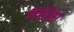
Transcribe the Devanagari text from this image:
महीरा